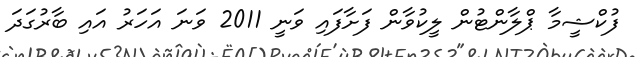
ފުކްޝީމާ ޕްލާންޓުން ލީކުވާން ފަށާފައި ވަނީ 2011 ވަނަ އަހަރު އައި ބާރުގަދަ